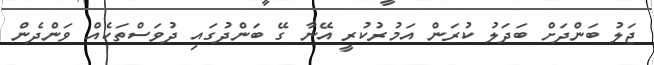
ޖަލު ބަންދަށް ބަދަލު ކުރަން އަމުރުކުރީ އޭނާ ގޭ ބަންދުގައި ދުވަސްތަކެއް ވަންދެން